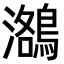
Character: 𪃕